[Report on the health of British troops in the Madras command]
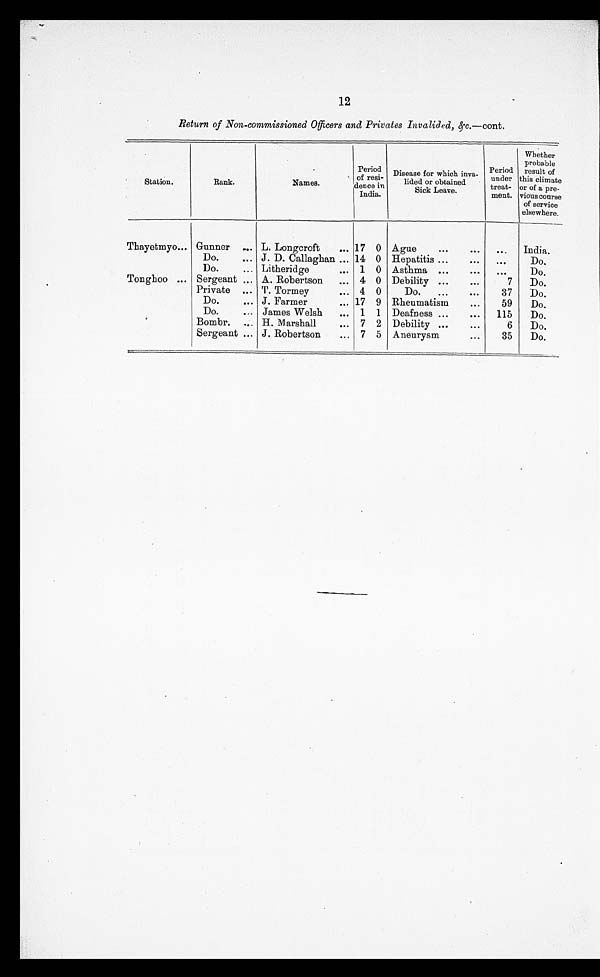
12
Return of Non-commissioned Officers and Privates Invalided, &c.— cont.
Station.
Rank.
N a m e s .
Period
of resi
dence in
India.
Disease for which inva
lided or obtained
Sick Leave.
Period
under
treat-
ment.
Whether
probable
result of
this climate
or of a pre
vious course
of service
elsewhere.
Thayetmyo... Gunner
. . . L. Longcroft
. . . 17
0 Ague
. . .
...
...
India.
Do.
... J. D. Callaghan ... 14 0 Hepatitis ...
... ...
Do.
Do.
... Litheridge
... 1 0 Asthma ...
... ...
Do.
Tonghoo ... Sergeant ... A. Robertson
... 4 0 Debility ...
...
7
Do.
Private ... T. Tormey
...
4 0
Do.
...
...
37
Do.
Do.
... J. Farmer
... 17 9 Rheumatism
...
59
Do.
Do.
... James Welsh
... 1 1 Deafness ...
...
115
Do.
Bombr.
... H. Marshall
... 7 2 Debility
...
...
6
Do.
Sergeant ... J. Robertson
... 7 5 Aneurysm
...
35
Do.